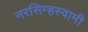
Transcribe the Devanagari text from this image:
नरसिम्हस्वामी